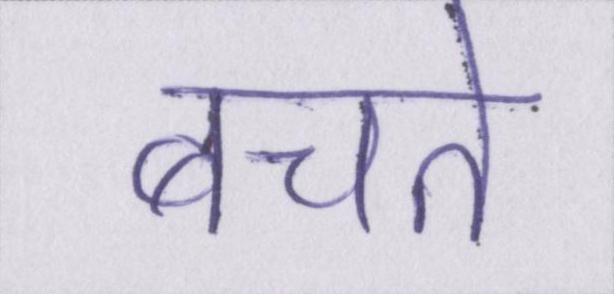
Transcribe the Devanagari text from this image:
बचते